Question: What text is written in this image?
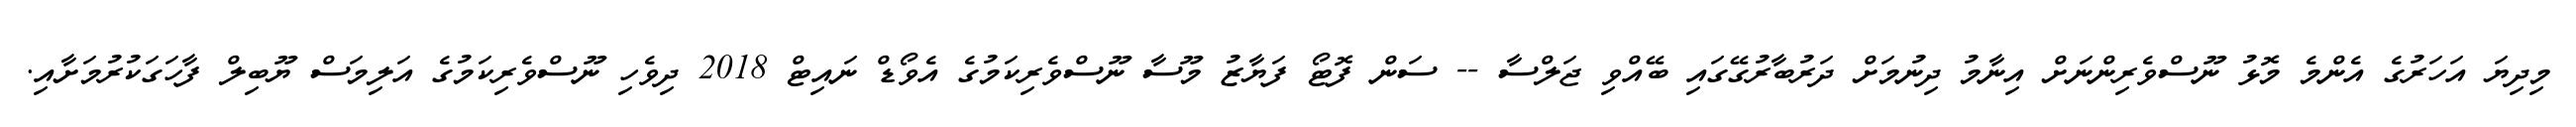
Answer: މިދިޔަ އަހަރުގެ އެންމެ މޮޅު ނޫސްވެރިންނަށް އިނާމު ދިނުމަށް ދަރުބާރުގޭގައި ބޭއްވި ޖަލްސާ -- ސަން ފޮޓޯ ފަޔާޒު މޫސާ ނޫސްވެރިކަމުގެ އެވޯޑް ނައިޓް 2018 ދިވެހި ނޫސްވެރިކަމުގެ އަލިމަސް ޔޫބިލް ފާހަގަކުރުމަށާއި.